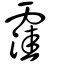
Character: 䨟